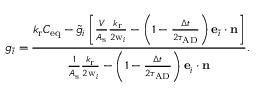
g _ { \bar { i } } = \frac { { k _ { \mathrm { r } } C _ { \mathrm { e q } } - \tilde { g } _ { i } \left[ { \frac { V } { A _ { \mathrm { s } } } { \frac { k _ { \mathrm { r } } } { 2 \mathrm { w } _ { i } } } - \left( 1 - { \frac { \Delta t } { 2 \tau _ { \mathrm { A D } } } } \right) \mathbf { e } _ { \bar { i } } \cdot \mathbf { n } } \right] } } { { \frac { 1 } { A _ { \mathrm { s } } } { \frac { k _ { \mathrm { r } } } { 2 \mathrm { w } _ { i } } } - \left( 1 - { \frac { \Delta t } { 2 \tau _ { \mathrm { A D } } } } \right) \mathbf { e } _ { i } \cdot \mathbf { n } } } .